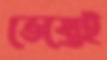
ভেস্তেই